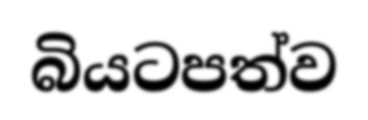
බියටපත්ව